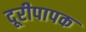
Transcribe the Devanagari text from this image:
दूरीपापक